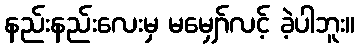
နည်းနည်းလေးမှ မမျှော်လင့် ခဲ့ပါဘူး။